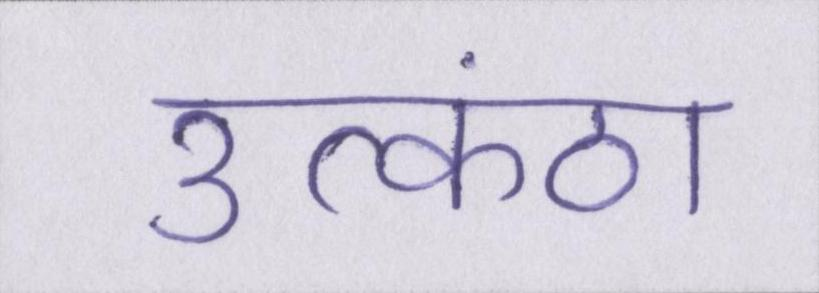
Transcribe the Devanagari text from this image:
उत्कंठा